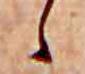
ゝ